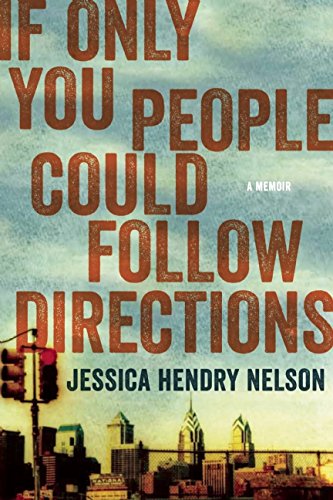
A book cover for If Only You People Could Follow Directions: A Memoir; Jessica Hendry Nelson; Parenting & Relationships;